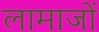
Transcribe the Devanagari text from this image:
लामाजों